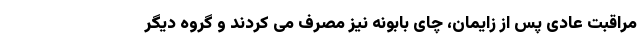
مراقبت عادی پس از زایمان، چای بابونه نیز مصرف می کردند و گروه دیگر